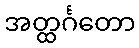
အတ္ထင်္ဂတော